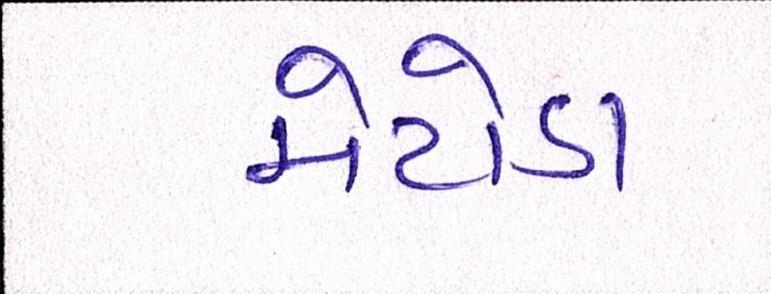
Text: મેટોડા